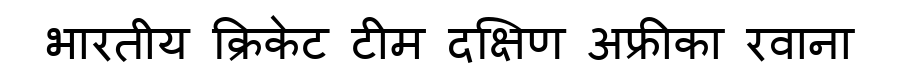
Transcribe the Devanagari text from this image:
भारतीय क्रिकेट टीम दक्षिण अफ्रीका रवाना